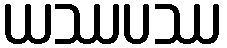
ယဿပဿ